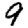
Digit: 9